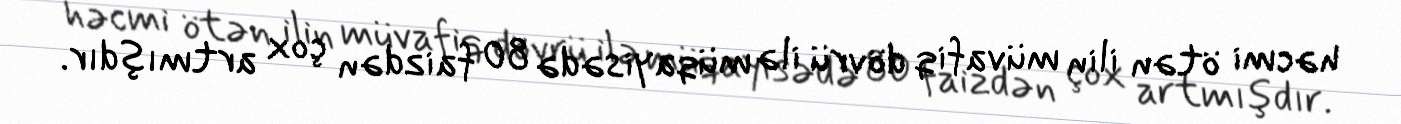
həcmi ötən ilin müvafiq dövrü ilə müqayisədə 80 faizdən çox artmışdır.